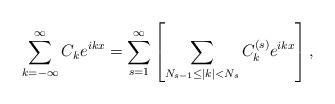
LaTeX: \begin{align*}\sum_{k=-\infty}^\infty C_k e^{ikx}=\sum_{s=1}^\infty \left[\sum_{N_{s-1}\leq |k|<N_s} C_k^{(s)}e^{ikx} \right],\end{align*}